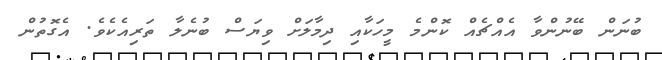
ބުނަން ބޭނުންވާ އެއްޗެއް ކޮންމެ މީހަކާއި ދިމާލަށް ވިޔަސް ބުނެލާ ތަރިއެކެވެ. އެގޮތުން